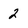
Character: 2